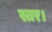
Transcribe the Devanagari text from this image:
स्तर।